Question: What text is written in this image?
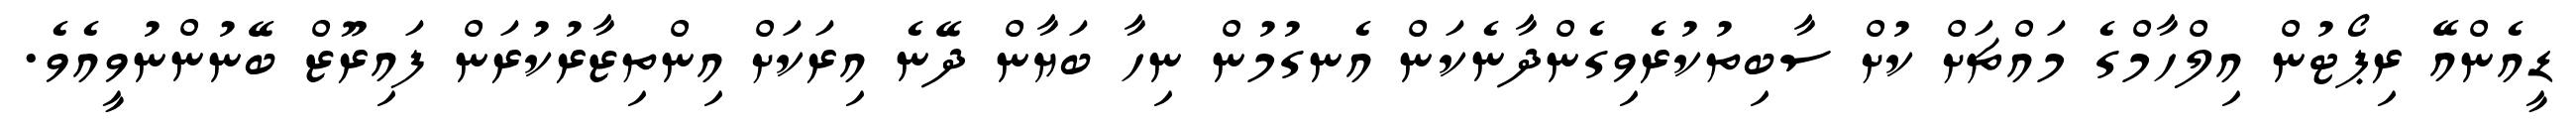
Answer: ޑީއެންއޭ ރިޕޯޓުން އިލްހާމްގެ މައްޗަށް ކުށް ސާބިތުކުރެވިގެންދާނެކަން އެނގުމުން ނިހާ ބަޔާން ދޭނެ އިރަކަށް އިންތިޒާރުކުރަން ފައިރޫޒް ބޭނުންނުވީއެވެ.